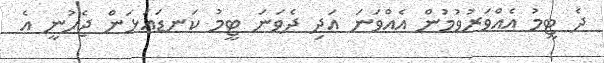
ދެ ޓީމު އެއްވަރުވުމުން އެއްވަނަ އަދި ދެވަނަ ޓީމު ކަނޑައަޅަން ޖެހުނީ އެ